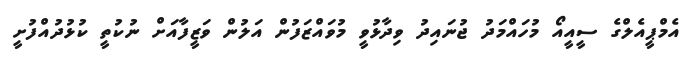
އެމްޕީއެލްގެ ސީއީއޯ މުހައްމަދު ޖުނައިދު ވިދާޅުވީ މުވައްޒަފުން އަލުން ވަޒީފާއަށް ނުކުތީ ކުޅުދުއްފުށީ